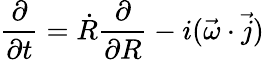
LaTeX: \frac{\partial}{\partial t}=\dot{R}\frac{\partial}{\partial R}-i(\vec{\omega}\cdot\vec{j})